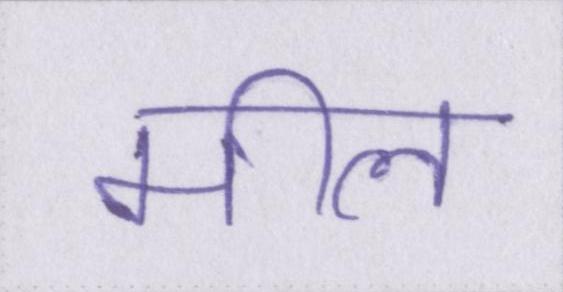
मील